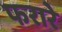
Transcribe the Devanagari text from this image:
फरारे